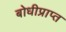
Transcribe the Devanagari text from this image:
बोधीप्राप्त